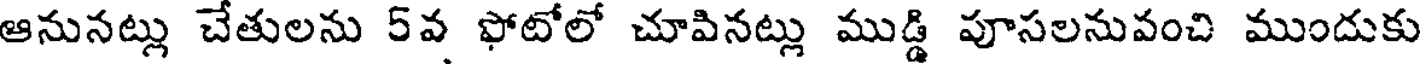
ఆనునట్లు చేతులను 5వ ఫోటోలో చూపినట్లు ముడ్డి పూసలనువంచి ముందుకు